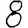
Digit: 8